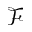
\mathcal { F }